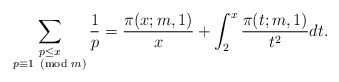
\begin{align*}\sum_{\substack{p\le x\\p\equiv 1\!\!\!\pmod{m}}}\frac{1}{p}=\frac{\pi(x;m,1)}{x}+\int_{2}^{x}\frac{\pi(t;m,1)}{t^2}dt.\end{align*}